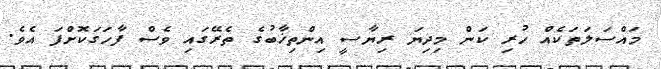
މައްސަލަތަކެއް ހުރި ކަން މިދިޔަ ރިޔާސީ އިންތިޚާބުގެ ތެރޭގައި ވެސް ފާހަގަކޮށްފަ އެވެ.